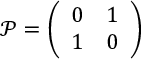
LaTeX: \mathcal { P } = \left( \begin{array} { c c } { { 0 } } & { { 1 } } \\ { { 1 } } & { { 0 } } \end{array} \right)